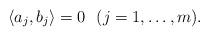
LaTeX: \begin{align*}\langle a_j,b_j\rangle=0\ \ (j=1,\ldots,m).\end{align*}